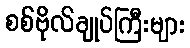
စစ်ဗိုလ်ချုပ်ကြီးများ